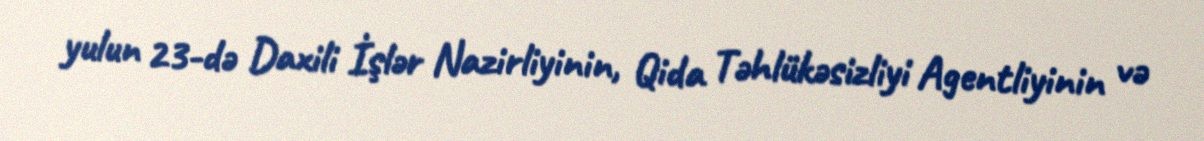
yulun 23-də Daxili İşlər Nazirliyinin, Qida Təhlükəsizliyi Agentliyinin və